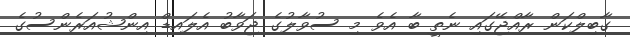
ގާބިލްކަން ރާއްޖޭގައި ނެތީ ބާ އެވެ މި ސުވާލުގެ ޖަވާބު އެލައިޑް އިންޝުއަރެންސުގެ